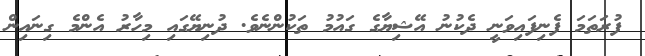
ފުރަތަމަ ފެނިފައިވަނީ ދެކުނު އޭޝިޔާގެ ގައުމު ތަކުންނެވެ. ދުނިޔޭގައި މިހާރު އެންމެ ގިނައިން